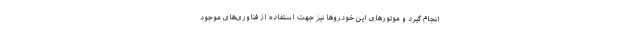
انجام گیرد و موتورهای این خودروها نیز جهت استفاده از فناوری‌های موجود